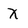
Character: x